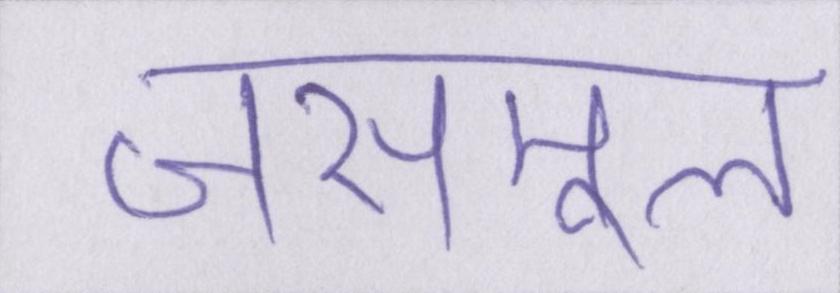
जसमूल